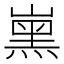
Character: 𡼡